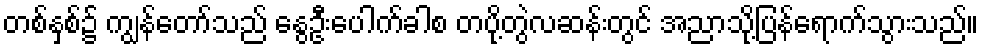
တစ်နှစ်၌ ကျွန်တော်သည် နွေဦးပေါက်ခါစ တပို့တွဲလဆန်းတွင် အညာသို့ပြန်ရောက်သွားသည်။